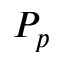
P _ { p }